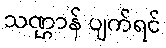
သဏ္ဌာန် ပျက်ရင်